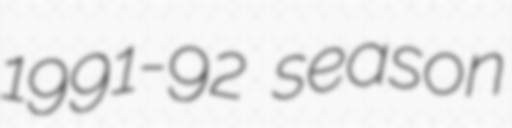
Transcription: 1991-92 season